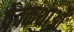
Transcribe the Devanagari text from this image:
देवकथाओं